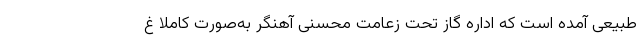
طبیعی آمده است که اداره گاز تحت زعامت محسنی آهنگر به‌صورت کاملا غ